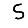
Digit: 5